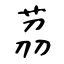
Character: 茘